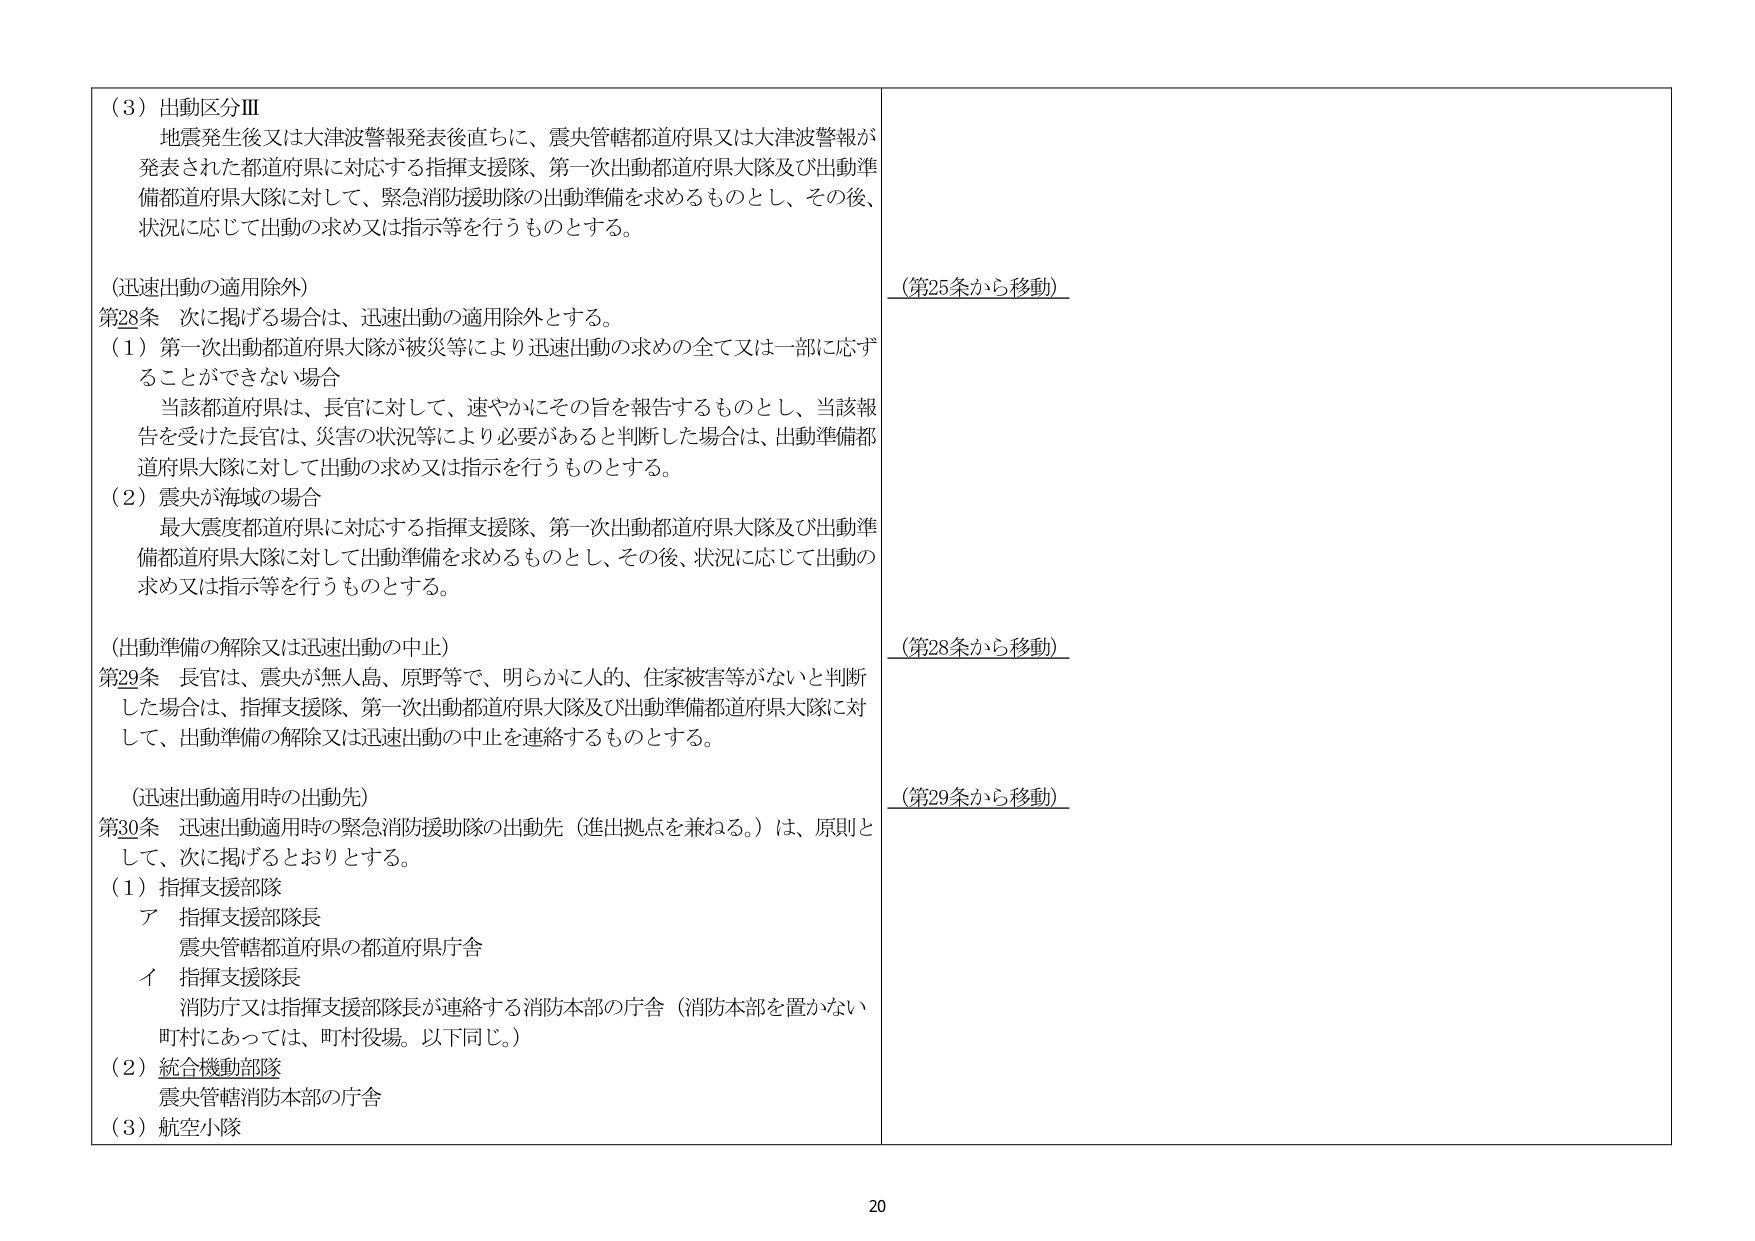
（3）出動区分Ⅲ
地震発生後又は大津波警報発表後直ちに、震央管轄都道府県又は大津波警報が発表された都道府県に対応する指揮支援隊、第一次出動都道府県大隊及び出動準備都道府県大隊に対して、緊急消防援助隊の出動準備を求めるものとし、その後、状況に応じて出動の求め又は指示等を行うものとする。

（迅速出動の適用除外）
第28条 次に掲げる場合は、迅速出動の適用除外とする。
（1）第一次出動都道府県大隊が被災等により迅速出動の求めの全て又は一部に応ずることができない場合
　当該都道府県は、長官に対して、速やかにその旨を報告するものとし、当該報告を受けた長官は、災害の状況等により必要があると判断した場合は、出動準備都道府県大隊に対して出動の求め又は指示を行うものとする。
（2）震央が海域の場合
　最大震度都道府県に対応する指揮支援隊、第一次出動都道府県大隊及び出動準備都道府県大隊に対して出動準備を求めるものとし、その後、状況に応じて出動の求め又は指示等を行うものとする。

（出動準備の解除又は迅速出動の中止）
第29条 長官は、震央が無人島、原野等で、明らかに人的、住家被害等がないと判断した場合は、指揮支援隊、第一次出動都道府県大隊及び出動準備都道府県大隊に対して、出動準備の解除又は迅速出動の中止を連絡するものとする。

（迅速出動適用時の出動先）
第30条 迅速出動適用時の緊急消防援助隊の出動先（進出拠点を兼ねる。）は、原則として、次に掲げるとおりとする。
（1）指揮支援部隊
　ア 指揮支援部隊長
　　　震央管轄都道府県の都道府県庁舎
　イ 指揮支援隊長
　　　消防庁又は指揮支援部隊長が連絡する消防本部の庁舎（消防本部を置かない町村にあっては、町村役場。以下同じ。）
（2）統合機動部隊
　　震央管轄消防本部の庁舎
（3）航空小隊

（第25条から移動）
（第28条から移動）
（第29条から移動）

20